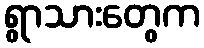
ရွာသားတွေက